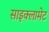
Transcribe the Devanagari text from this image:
साइक्लामेट